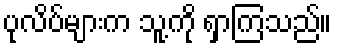
ပုလိပ်များက သူ့ကို ရှာကြသည်။